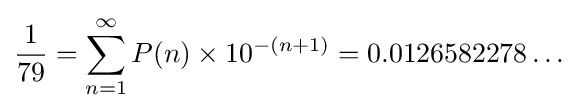
{\frac {1}{79}}=\sum _{n=1}^{\infty }{P(n)\times 10^{-(n+1)}}=0.0126582278\dots \